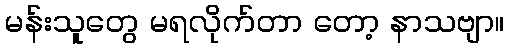
မန်းသူတွေ မရလိုက်တာ တော့ နာသဗျာ။